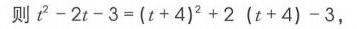
则\(t^{2}-2t - 3=(t + 4)^{2}+2(t + 4)-3\)，